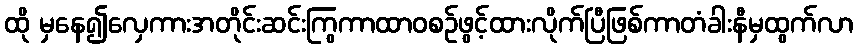
ထို မှနေ၍လှေကားအတိုင်းဆင်းကြွကာထာဝစဉ်ဖွင့်ထားလိုက်ပြီဖြစ်ကာတံခါးနီမှထွက်လာ